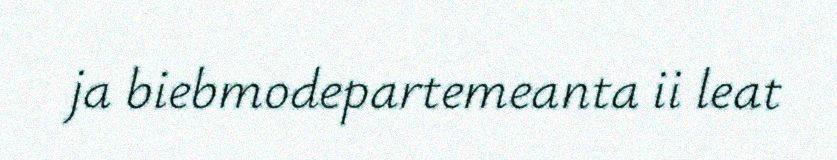
ja biebmodepartemeanta ii leat